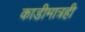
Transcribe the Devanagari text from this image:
काडीमात्रही